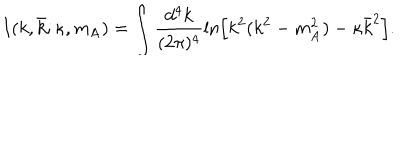
I ( k , \bar { k } ; \kappa , m _ { \mathrm { A } } ) = \int \frac { d ^ { 4 } k } { ( 2 \pi ) ^ { 4 } } \ln \left[ k ^ { 2 } ( k ^ { 2 } - m _ { \mathrm { A } } ^ { 2 } ) - \kappa \bar { k } ^ { 2 } \right] .